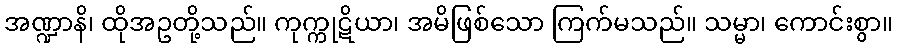
အဏ္ဍာနိ၊ ထိုအဥတို့သည်။ ကုက္ကုဋိယာ၊ အမိဖြစ်သော ကြက်မသည်။ သမ္မာ၊ ကောင်းစွာ။